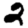
Digit: 2